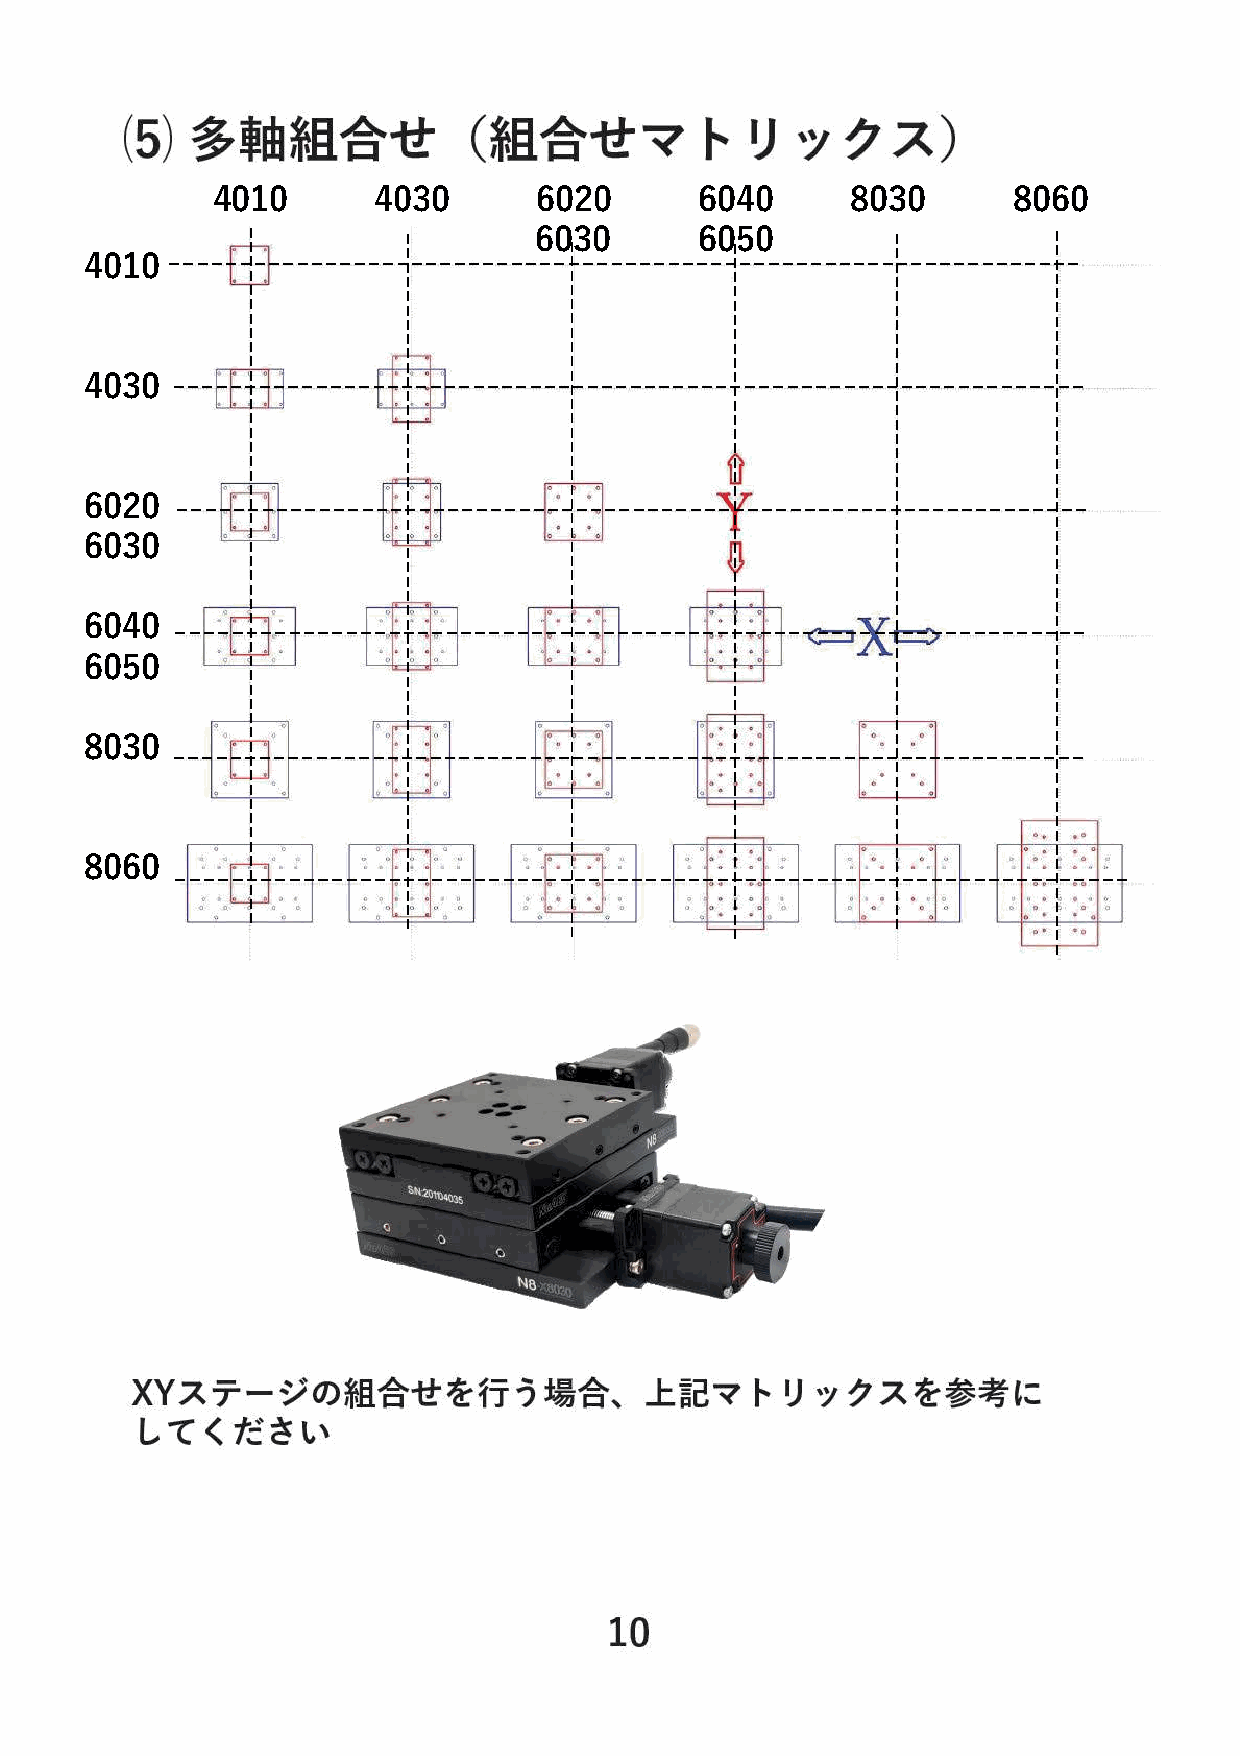
4010       4030       6020      6040      8030       8060
 6030       6050
 4010 ----------------------------------------------------------------
 4030 ----------------------------------------------------------------
 6020  ----------------------------------------------------------------
 6030
 6040 ----------------------------------------------------------------
 6050
 8030
 ----------------------------------------------------------------
 8060
 -------------------------------------------------------------------
 ------------------------------------------------- -------------------------------------------------
 ------------------------------------------------- -------------------------------------------------
 ------------------------------------------------- ---------------------------------------------------